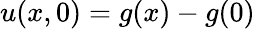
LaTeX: u(x,0)=g(x)-g(0)